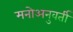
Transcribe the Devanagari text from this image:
मनोअनुवर्ती